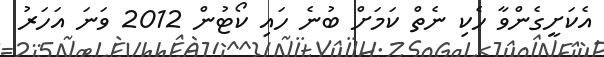
އެކަށީގެންވާ ހެކި ނެތް ކަމަށް ބުނެ ހައި ކޯޓުން 2012 ވަނަ އަހަރު